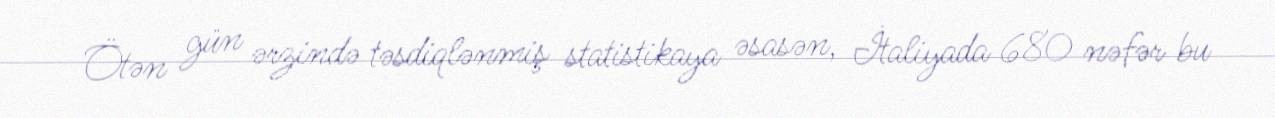
Ötən gün ərzində təsdiqlənmiş statistikaya əsasən, İtaliyada 680 nəfər bu